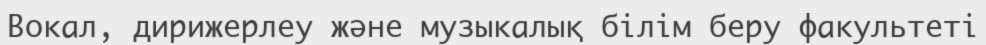
Вокал, дирижерлеу және музыкалық білім беру факультеті